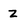
Character: z